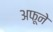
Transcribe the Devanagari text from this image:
अफूने